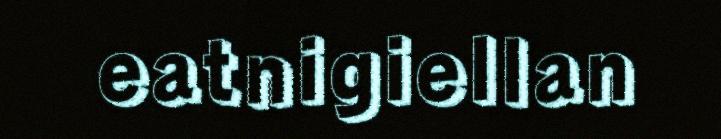
eatnigiellan